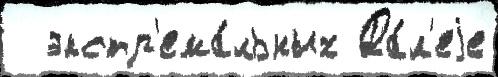
  экстр'ема́льных Да́л'еjе